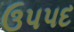
ઉપપદ